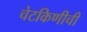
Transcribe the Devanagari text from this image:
चेटकिणीची